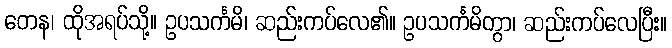
တေန၊ ထိုအရပ်သို့။ ဥပသင်္ကမိ၊ ဆည်းကပ်လေ၏။ ဥပသင်္ကမိတွာ၊ ဆည်းကပ်လေပြီး။